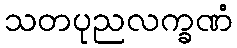
သတပုညလက္ခဏံ